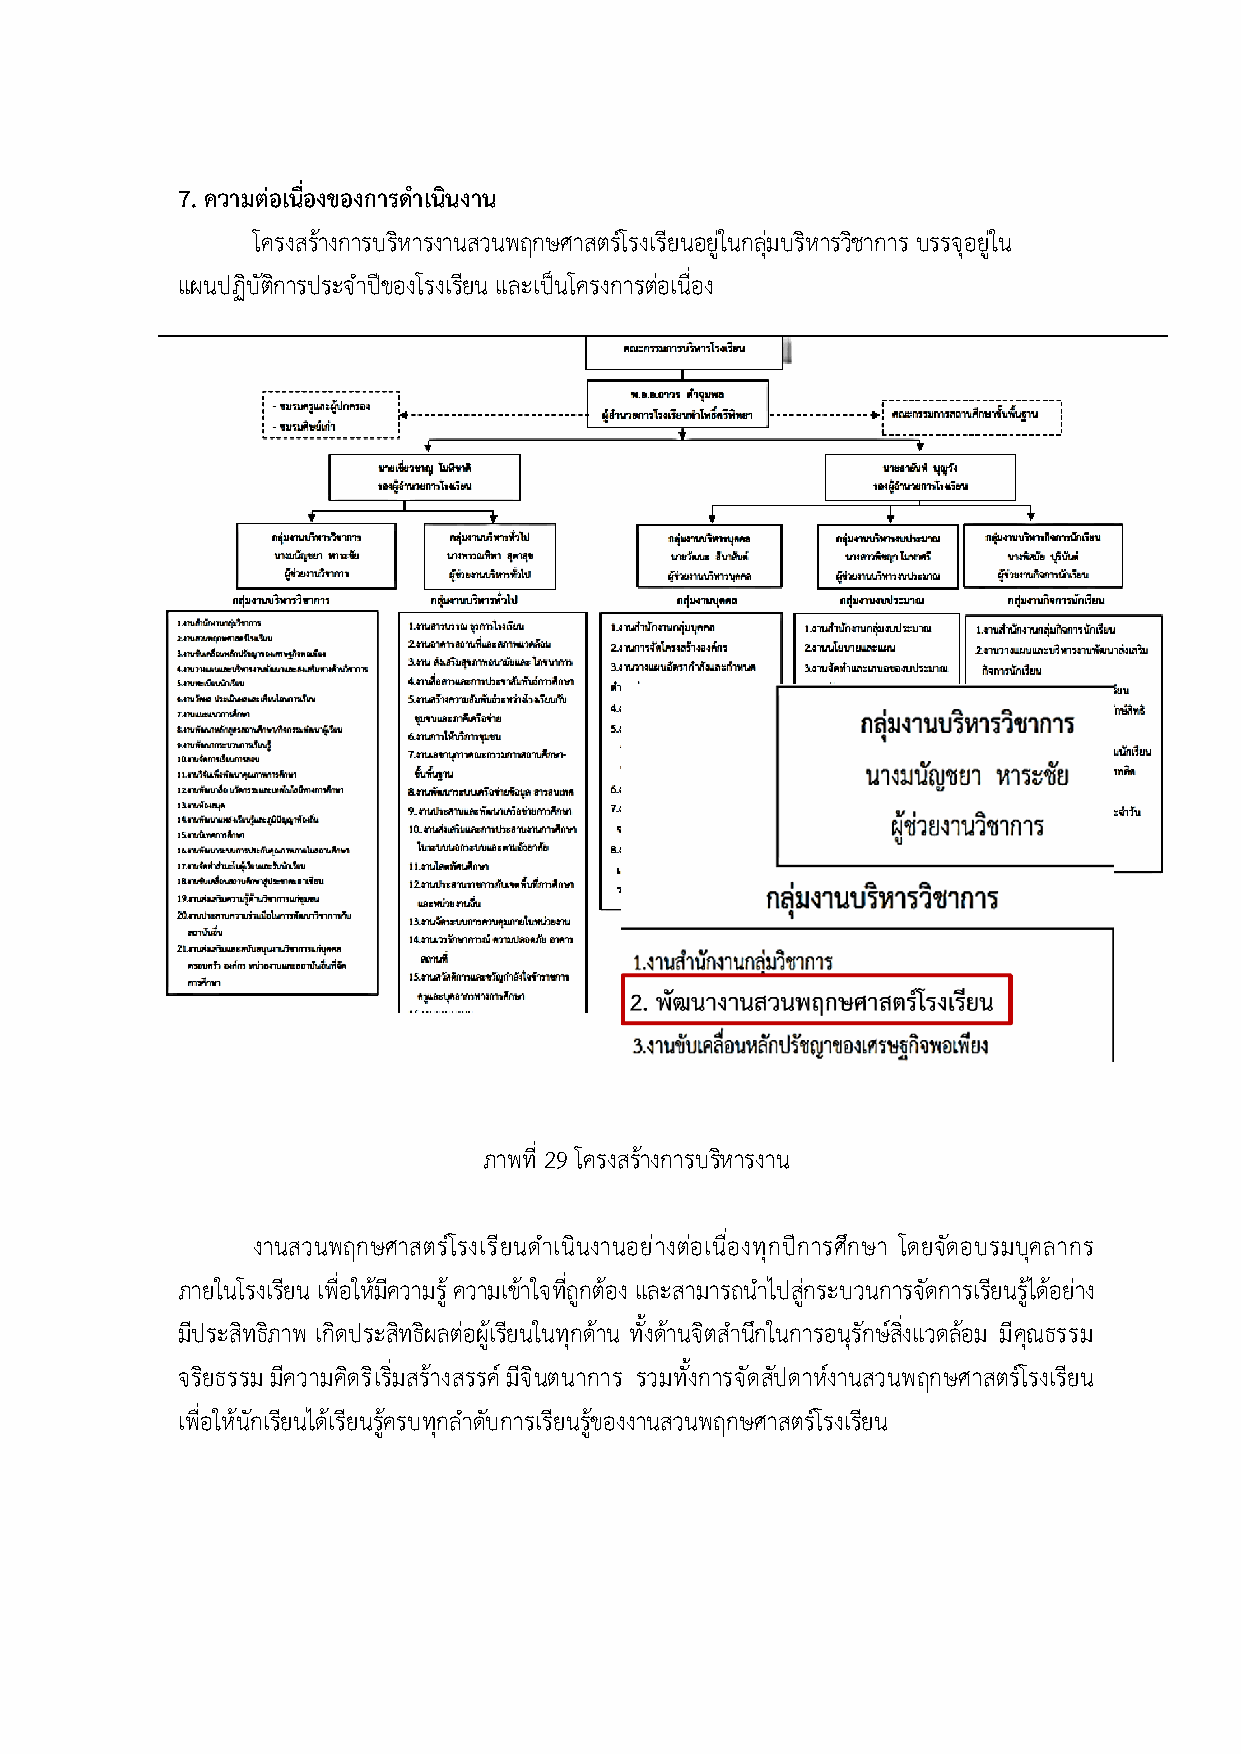
7. ความต4อเนื่องของการดำเนินงาน
 โครงสรEางการบรหิ ารงานสวนพฤกษศาสตรHโรงเรียนอยู?ในกลุ?มบริหารวิชาการ บรรจุอยู?ใน
 แผนปฏิบัติการประจำปaของโรงเรียน และเปVนโครงการตอ? เนื่อง
 ภาพที่ 29 โครงสรEางการบรหิ ารงาน
 งานสวนพฤกษศาสตรHโรงเรียนดำเนินงานอย?างต?อเนื่องทุกปaการศึกษา โดยจัดอบรมบุคลากร
 ภายในโรงเรียน เพื่อใหEมีความรูE ความเขEาใจที่ถูกตEอง และสามารถนำไปสู?กระบวนการจัดการเรยี นรูEไดEอย?าง
 มีประสิทธิภาพ เกิดประสิทธิผลต?อผูEเรียนในทุกดาE น ทั้งดEานจิตสำนึกในการอนุรักษHสิ่งแวดลEอม มีคุณธรรม
 จริยธรรม มีความคิดริเริ่มสรEางสรรคH มีจินตนาการ รวมทั้งการจัดสัปดาหHงานสวนพฤกษศาสตรHโรงเรียน
 เพื่อใหEนักเรียนไดEเรียนรูEครบทุกลำดับการเรียนรูEของงานสวนพฤกษศาสตรHโรงเรียน